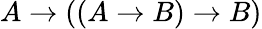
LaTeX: A\to((A\to B)\to B)